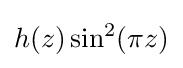
h(z)\sin ^{2}(\pi z)